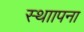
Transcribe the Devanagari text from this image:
स्थाापना